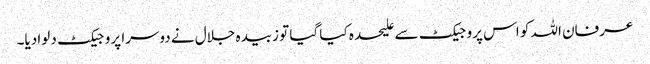
عرفان اللہ کو اس پروجیکٹ سے علیحدہ کیا گیا تو زبیدہ جلال نے دوسرا پروجیکٹ دلوا دیا۔